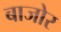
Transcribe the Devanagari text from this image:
बाजोर